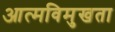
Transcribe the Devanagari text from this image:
आत्मविमुखता